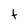
Character: t